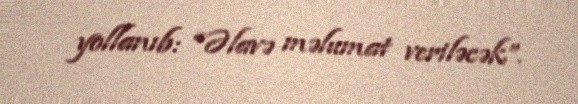
yollanıb: “Əlavə məlumat veriləcək”.